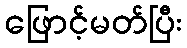
ဖြောင့်မတ်ပြီး